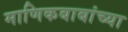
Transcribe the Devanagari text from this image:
माणिकबाबांच्या